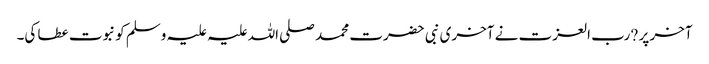
آخر پر ?رب العزت نے آخری نبی حضرت محمد صلی اللہ علیہ علیہ وسلم کو نبوت عطا کی۔